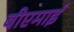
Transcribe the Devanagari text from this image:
बीएमाई